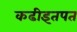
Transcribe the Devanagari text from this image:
कढीइतपत